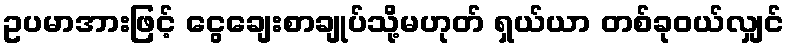
ဥပမာအားဖြင့် ငွေချေးစာချုပ်သို့မဟုတ် ရှယ်ယာ တစ်ခုဝယ်လျှင်